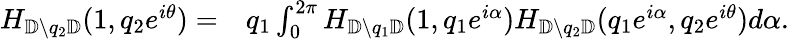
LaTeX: \begin{array}{rl}{H_{{\mathbb{D}}\setminus q_{2}{\mathbb{D}}}(1,q_{2}e^{i\theta})=}&{q_{1}\int_{0}^{2\pi}H_{{\mathbb{D}}\setminus q_{1}{\mathbb{D}}}(1,q_{1}e^{i\alpha})H_{{\mathbb{D}}\setminus q_{2}{\mathbb{D}}}(q_{1}e^{i\alpha},q_{2}e^{i\theta})d\alpha.}\end{array}